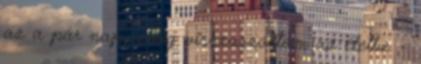
az a pár nap, amíg visszaszoktam az életbe. -